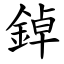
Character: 鋽